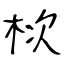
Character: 栨